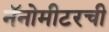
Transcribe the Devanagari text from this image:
नॅनोमीटरची